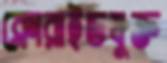
ক্লোরাইডযুক্ত